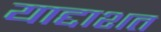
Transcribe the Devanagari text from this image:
याद्दाशत